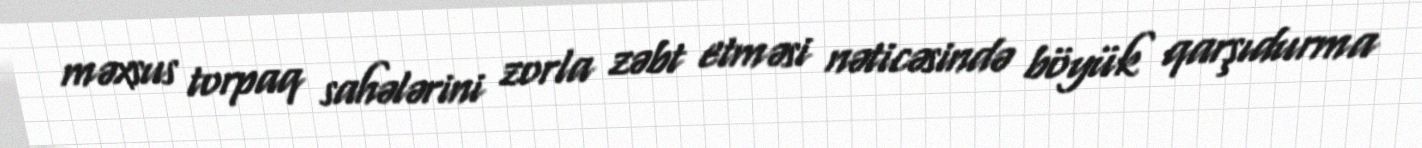
məxsus torpaq sahələrini zorla zəbt etməsi nəticəsində böyük qarşıdurma